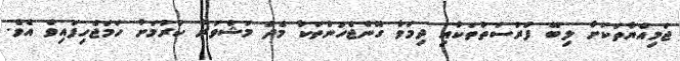
ޖަމިއްޔާތަކަށް ލިބޭ ފުރުސަތުތަކާއި ދިމަވާ ގޮންޖެހުންތަކާ މެދު މަޝްވަރާ ކުރުމަށް ހަމަޖެހިފައިވެ އެވެ.